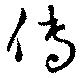
伝